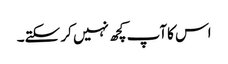
اس کاآپ کچھ نہیں کر سکتے۔